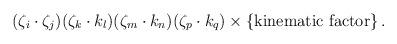
LaTeX: \begin{align*}(\zeta_i \cdot \zeta_j)(\zeta_k \cdot k_l)(\zeta_m \cdot k_n) (\zeta_p\cdot k_q) \times \{ \mbox{kinematic factor} \}\,.\end{align*}